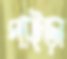
পাইড়া